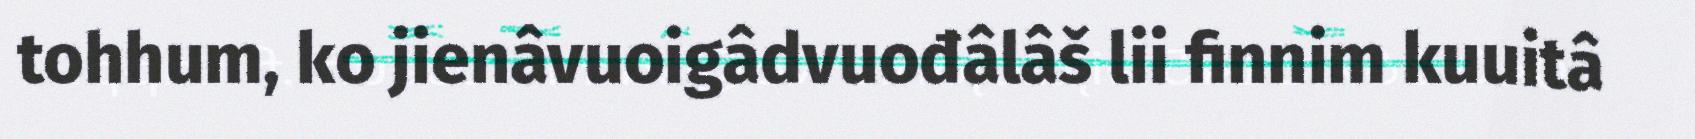
tohhum, ko jienâvuoigâdvuođâlâš lii finnim kuuitâ